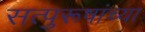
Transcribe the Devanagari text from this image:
सत्पुरूषांच्या